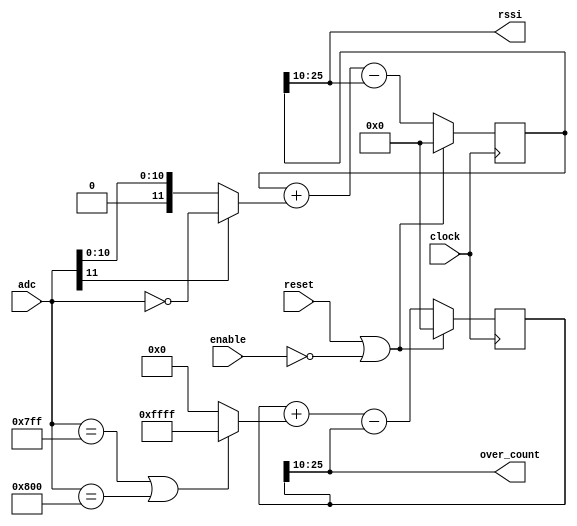
//
// Copyright 2011 Ettus Research LLC
//
// This program is free software: you can redistribute it and/or modify
// it under the terms of the GNU General Public License as published by
// the Free Software Foundation, either version 3 of the License, or
// (at your option) any later version.
//
// This program is distributed in the hope that it will be useful,
// but WITHOUT ANY WARRANTY; without even the implied warranty of
// MERCHANTABILITY or FITNESS FOR A PARTICULAR PURPOSE.  See the
// GNU General Public License for more details.
//
// You should have received a copy of the GNU General Public License
// along with this program.  If not, see <http://www.gnu.org/licenses/>.
//



module rssi (input clock, input reset, input enable,
	     input [11:0] adc, output [15:0] rssi, output [15:0] over_count);

   wire 		  over_hi = (adc == 12'h7FF);
   wire 		  over_lo = (adc == 12'h800);
   wire 		  over = over_hi | over_lo;

   reg [25:0] 		  over_count_int;
   always @(posedge clock)
     if(reset | ~enable)
       over_count_int <= #1 26'd0;
     else
       over_count_int <= #1 over_count_int + (over ? 26'd65535 : 26'd0) - over_count_int[25:10];
   
   assign      over_count = over_count_int[25:10];
   
   wire [11:0] abs_adc = adc[11] ? ~adc : adc;

   reg [25:0]  rssi_int;
   always @(posedge clock)
     if(reset | ~enable)
       rssi_int <= #1 26'd0;
     else
       rssi_int <= #1 rssi_int + abs_adc - rssi_int[25:10];

   assign      rssi = rssi_int[25:10];
   
endmodule // rssi